Jarvakandi_vallavalitsus, lk 58
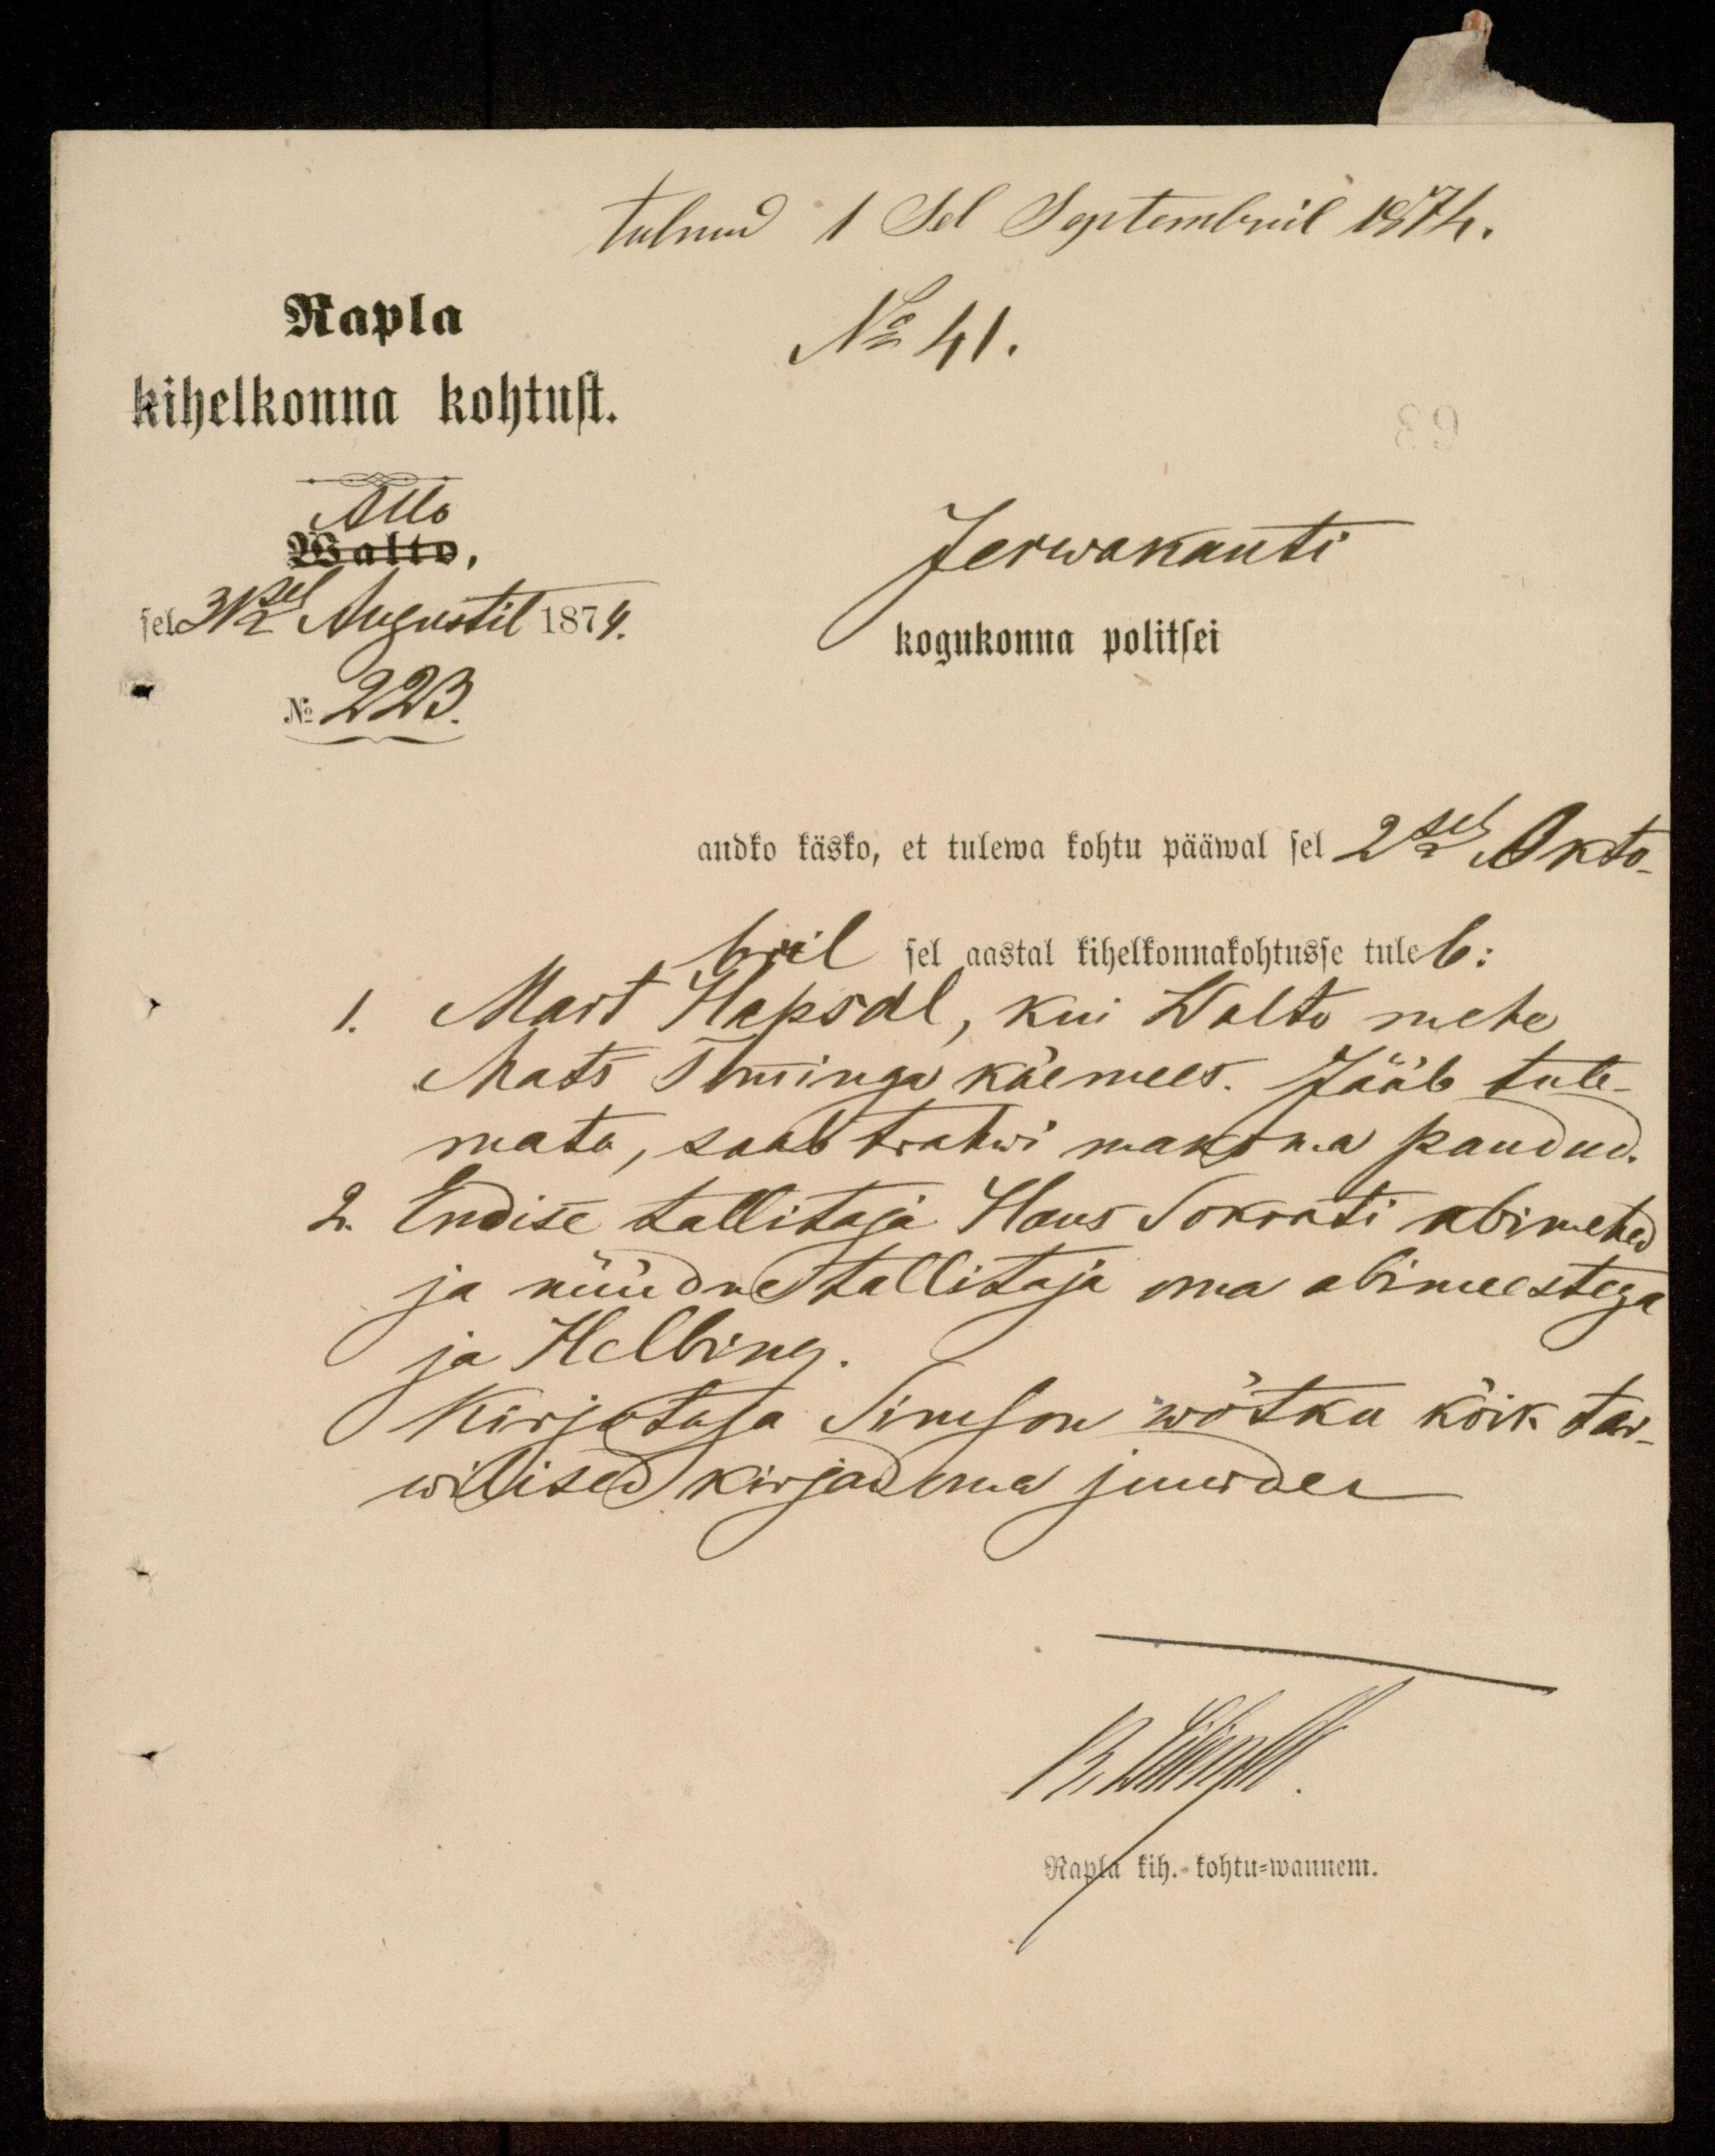
tulnud 1 Sel Septembril 1874.
Rapla
No 41.
kihelkonna kohtust.
Allo
isalto,
Jerwakanti
sel.
31sel Augustil 1874.
kogukonna politsei
No 223.
andko käsko, et tulewa kohtu pääwal sel 2sel Okto-
bril sel aastal kihelkonnakohtusse tuleb:
1.
Mart Hapsal, kui Walto mehe
Mats Tminga käemees. Jääb tule-
mata, saab trahwi maksma pandud.
2. Endise tallitaja Hans Sokrati abimehed
ja nüüdne tallitaja oma abimeestega
ja Helbing.
Kirjotaja Simson wõtku kõik tar-
wilised kirjad oma juurde
13. Wiliselt
Rapla kih.- kohtu-wannem.